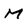
Character: M